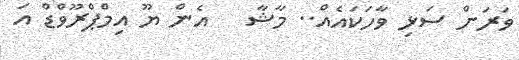
ވަރަށް ސަޅި ވާހަކައެއް.. މާޝާ   އެން ޔޫ އިމްޕްރޫވްޑް އަ